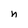
Character: n